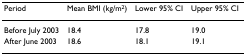
| Period | Mean BMI (kg/m2) | Lower 95% CI | Upper 95% CI |
 | --- | --- | --- | --- |
 | Before July 2003 | 18.4 | 17.8 | 19.0 |
 | After June 2003 | 18.6 | 18.1 | 19.1 |